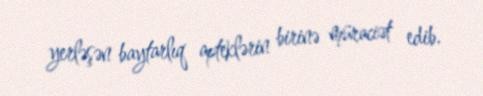
yerləşən baytarlıq apteklərin birinə müraciət edib.